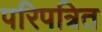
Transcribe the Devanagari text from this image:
परिपत्रित